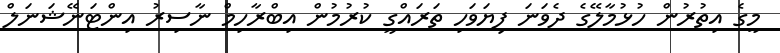
މީގެ އިތުރުން ހުޅުމާލޭގެ ދެވަނަ ފިޔަވަހި ތަރައްގީ ކުރުމުން އިބްރާހިމް ނާސިރު އިންޓަނޭޝަނަލް